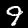
Label: 9